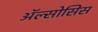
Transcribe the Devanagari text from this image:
ॲल्सोसिस